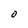
Character: O